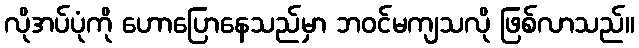
လိုအပ်ပုံကို ဟောပြောနေသည်မှာ ဘဝင်မကျသလို ဖြစ်လာသည်။